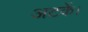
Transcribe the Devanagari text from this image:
अटकें।